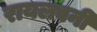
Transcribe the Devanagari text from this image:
रायलवनी